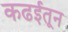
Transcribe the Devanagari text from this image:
कढईतून